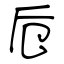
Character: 卮